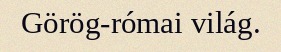
Görög-római világ.